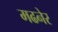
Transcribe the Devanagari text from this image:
मढनेर